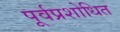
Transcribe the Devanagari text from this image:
पूर्वप्रशोधित